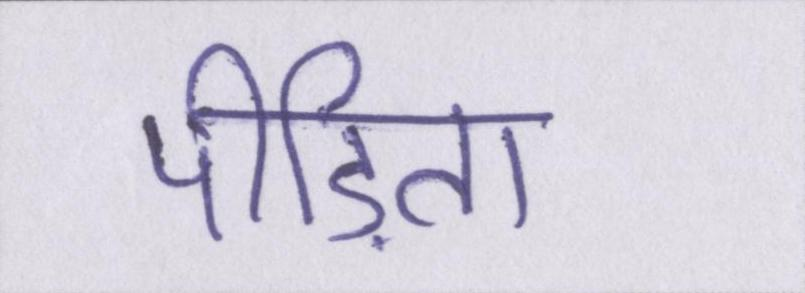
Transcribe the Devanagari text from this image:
पीड़िता